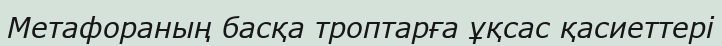
Метафораның басқа троптарға ұқсас қасиеттері